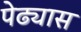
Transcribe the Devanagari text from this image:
पेढ्यास